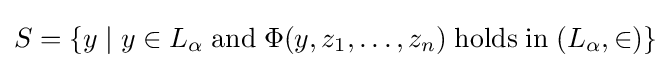
S=\{y\mid y\in L_{\alpha }\;\mathrm {and} \;\Phi (y,z_{1},\ldots ,z_{n})\;\mathrm {holds} \;\mathrm {in} \;(L_{\alpha },\in )\}